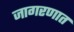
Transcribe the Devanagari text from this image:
जागरणात